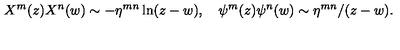
X ^ { m } ( z ) X ^ { n } ( w ) \sim - \eta ^ { m n } \ln ( z - w ) , \quad \psi ^ { m } ( z ) \psi ^ { n } ( w ) \sim \eta ^ { m n } / ( z - w ) .